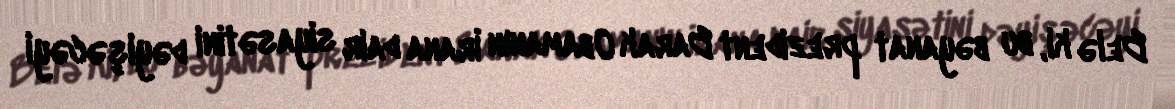
Belə ki, bu bəyanat prezident Barak Obamanın İrana dair siyasətini dəyişəcəyi